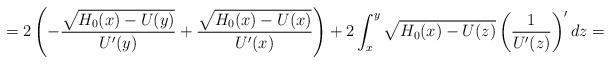
LaTeX: \begin{align*}=2\left(-\frac{\sqrt{H_{0}(x)-U(y)}}{U'(y)}+\frac{\sqrt{H_{0}(x)-U(x)}}{U'(x)}\right)+2\int_{x}^{y}\sqrt{H_{0}(x)-U(z)}\left(\frac{1}{U'(z)}\right)'dz=\end{align*}